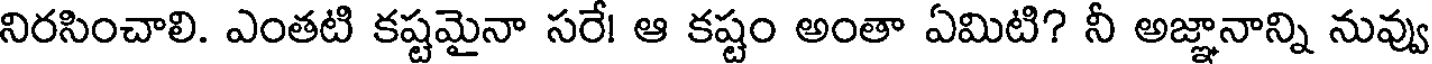
నిరసించాలి. ఎంతటి కష్టమైనా సరే! ఆ కష్టం అంతా ఏమిటి? నీ అజ్ఞానాన్ని నువ్వు